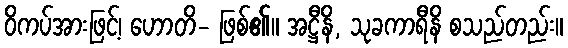
ဝိကပ်အားဖြင့်၊ ဟောတိ- ဖြစ်၏။ အဋ္ဌီနိ, သုခကာရီနိ စသည်တည်း။